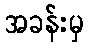
အခန်းမှ